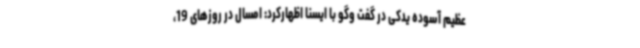
عظیم آسوده یدکی در گفت وگو با ایسنا اظهارکرد: امسال در روزهای 19،